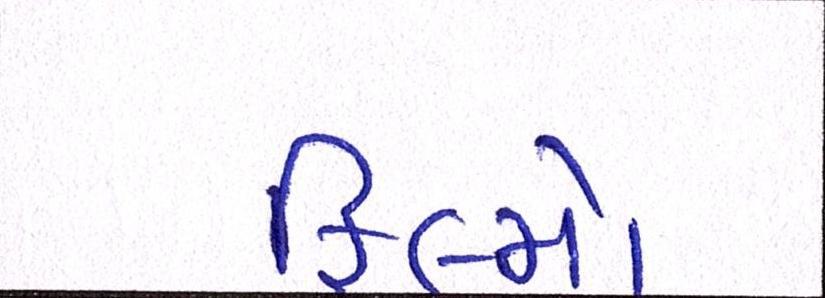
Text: ફિલ્મો